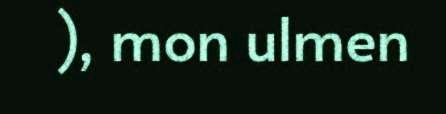
), mon ulmen